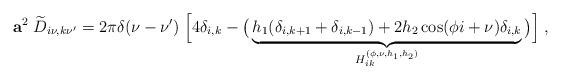
LaTeX: \begin{align*} {\bf a}^{2}\;\widetilde{D}_{i\nu,k\nu'} = 2\pi\delta(\nu-\nu')\;\Big[4\delta_{i,k}- \big(\underbrace{h_1(\delta_{i,k+1}+\delta_{i,k-1})+2h_2\cos(\phi i+\nu)\delta_{i,k}}_{H^{(\phi,\nu,h_1,h_2)}_{ik}}\big)\Big]\; ,\end{align*}